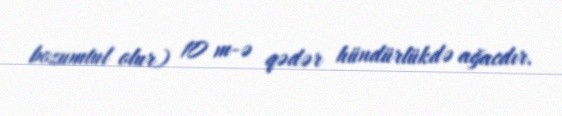
bozumtul olur) 10 m-ə qədər hündürlükdə ağacdır.